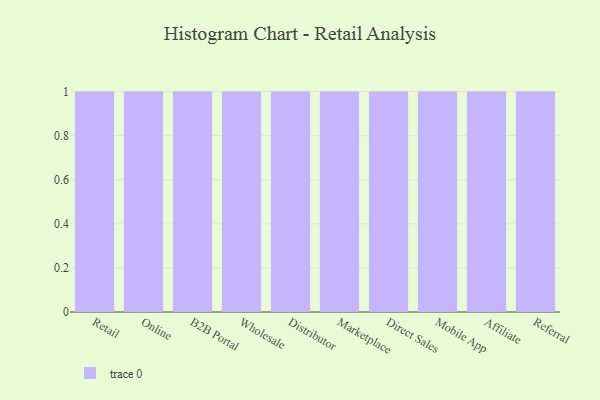
{"axis": {"x": "Channel", "y": "Website Visitors"}, "legend": [""], "data": [{"x": "Retail", "y": 20, "type": ""}, {"x": "Online", "y": 78, "type": ""}, {"x": "B2B Portal", "y": 33, "type": ""}, {"x": "Wholesale", "y": 21, "type": ""}, {"x": "Distributor", "y": 73, "type": ""}, {"x": "Marketplace", "y": 78, "type": ""}, {"x": "Direct Sales", "y": 39, "type": ""}, {"x": "Mobile App", "y": 78, "type": ""}, {"x": "Affiliate", "y": 9, "type": ""}, {"x": "Referral", "y": 40, "type": ""}]}